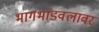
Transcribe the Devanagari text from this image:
भागभांडवलावर